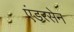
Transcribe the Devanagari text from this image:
एंडरसेन